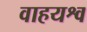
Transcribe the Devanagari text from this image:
वाहयश्व